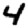
Digit: 4